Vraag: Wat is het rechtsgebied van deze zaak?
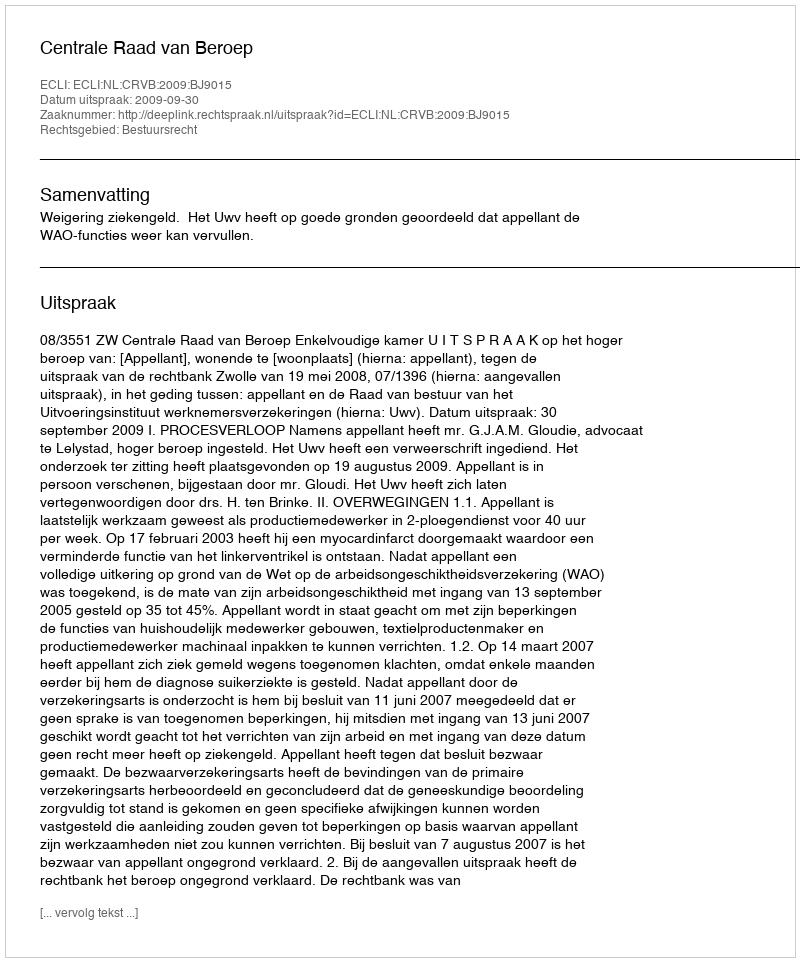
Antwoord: Bestuursrecht